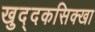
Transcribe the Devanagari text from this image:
खुद्दकसिक्खा